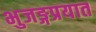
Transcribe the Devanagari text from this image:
भुजङ्गप्रयात